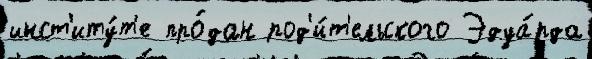
инст'иту́т'е про́дан род'и́т'ельского Эдуа́рда